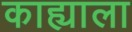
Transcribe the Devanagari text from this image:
काह्याला